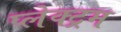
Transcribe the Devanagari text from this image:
प्लेक्ट्रम